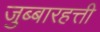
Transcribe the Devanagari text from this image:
जुब्बारहत्ती